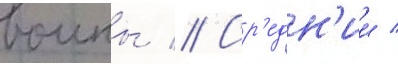
воины // Ср'едн'ии /